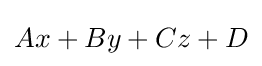
Ax+By+Cz+D